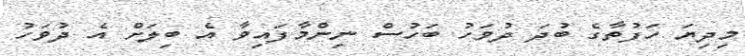
މިދިޔަ ހަފުތާގެ ބުދަ ދުވަހު ބަހުސް ނިންމާފައިވާ އެ ބިލަށް އެ ދުވަހު